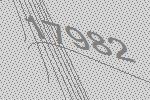
17982